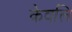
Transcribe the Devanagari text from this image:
केवलि